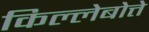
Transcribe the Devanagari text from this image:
किल्लेबोत्ते